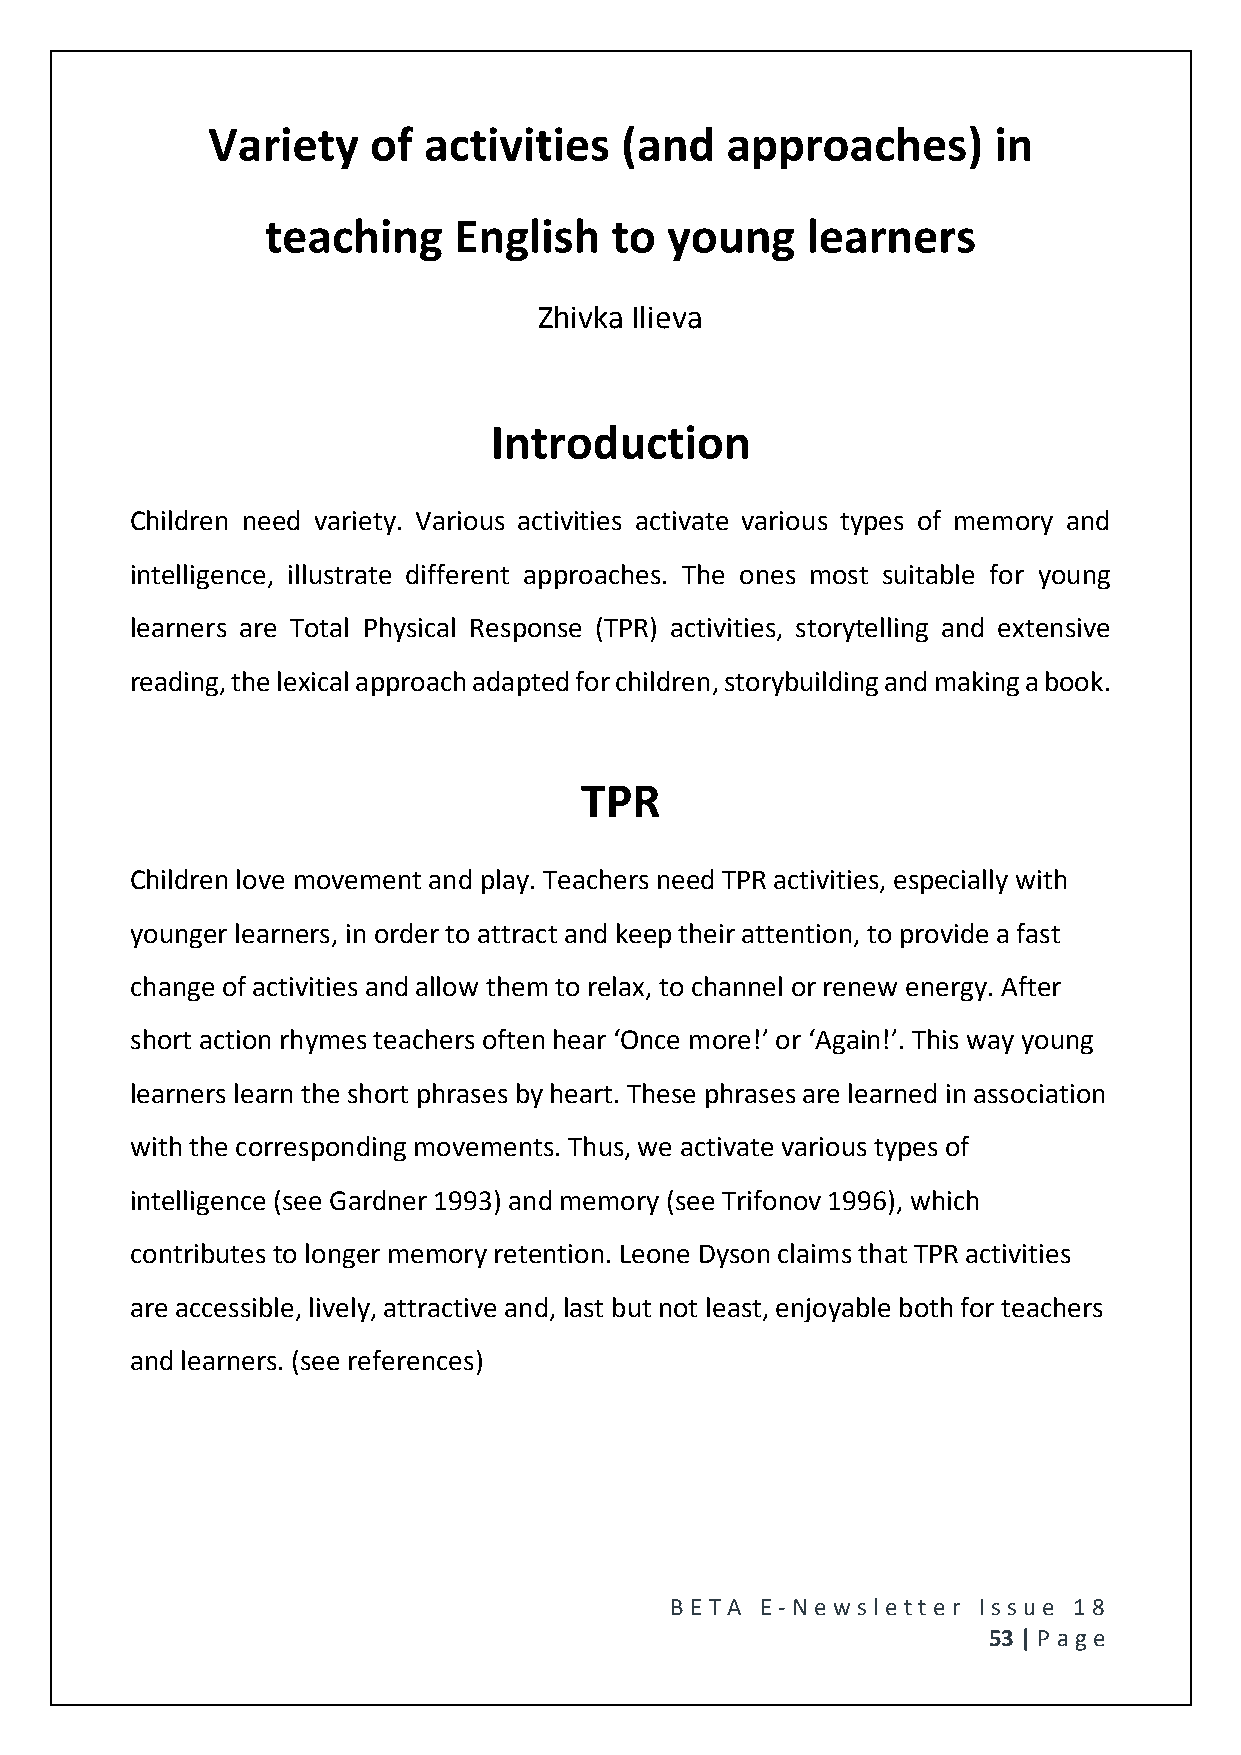
Variety   of  activities   (and   approaches)       in
 teaching    English   to  young    learners
 Zhivka Ilieva
 Introduction
 Children need variety. Various activities activate various types of memory and
 intelligence, illustrate different approaches. The ones most suitable for young
 learners are Total Physical Response (TPR) activities, storytelling and extensive
 reading, the lexical approach adapted for children, storybuilding and making a book.
 TPR
 Children love movement and play. Teachers need TPR activities, especially with
 younger learners, in order to attract and keep their attention, to provide a fast
 change of activities and allow them to relax, to channel or renew energy. After
 short action rhymes teachers often hear ‘Once more!’ or ‘Again!’. This way young
 learners learn the short phrases by heart. These phrases are learned in association
 with the corresponding movements. Thus, we activate various types of
 intelligence (see Gardner 1993) and memory (see Trifonov 1996), which
 contributes to longer memory retention. Leone Dyson claims that TPR activities
 are accessible, lively, attractive and, last but not least, enjoyable both for teachers
 and learners. (see references)
 BE T A E -N e wsle tt e r Issue 18
 53 | P age